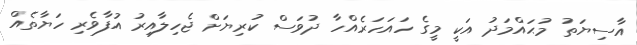
އާސިޔަތު މުޙައްމަދު އަކީ މީގެ ހައަހަރެއްހާ ދުވަސް ކުރިޔަށް ޖެހިލާއިރު އުފާވެރި ހަޔާތެއް